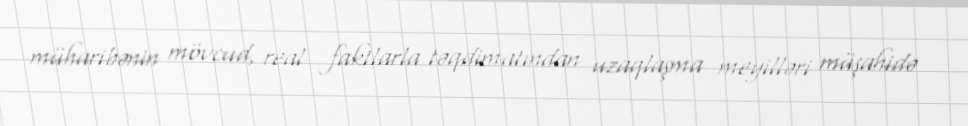
müharibənin mövcud, real faktlarla təqdimatından uzaqlaşma meyilləri müşahidə